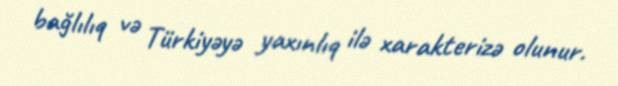
bağlılıq və Türkiyəyə yaxınlıq ilə xarakterizə olunur.